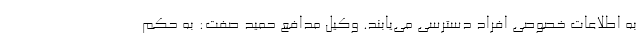
به اطلاعات خصوصی افراد دسترسی می‌یابند. وکیل مدافع حمید صفت: به حکم